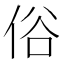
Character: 俗